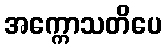
အက္ကောသတိပေ